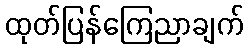
ထုတ်ပြန်ကြေညာချက်